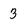
Character: 3